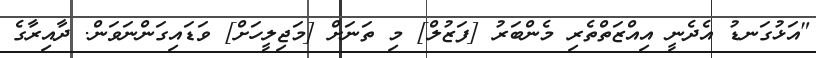
"އަޅުގަނޑު އެދެނީ އިއްޒަތްތެރި މެންބަރު [ފަޒުލް] މި ތަނަށް [މަޖިލީހަށް] ވަޑައިގަންނަވަން. ދާއިރާގެ